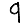
Digit: 9